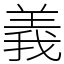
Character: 義